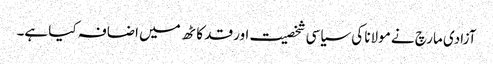
آزادی مارچ نے مولانا کی سیاسی شخصیت اور قد کاٹھ میں اضافہ کیا ہے۔